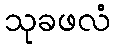
သုခဖလံ